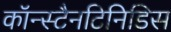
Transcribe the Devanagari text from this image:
कॉन्स्टैनटिनिडिस